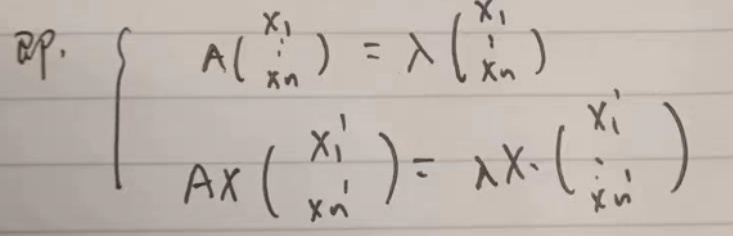
\[
\begin{cases}
A\begin{pmatrix}
x_1\\
\vdots\\
x_n
\end{pmatrix}=\lambda\begin{pmatrix}
x_1\\
\vdots\\
x_n
\end{pmatrix}\\
AX\begin{pmatrix}
x_1'\\
\vdots\\
x_n'
\end{pmatrix}=\lambda X\cdot\begin{pmatrix}
x_1'\\
\vdots\\
x_n'
\end{pmatrix}
\end{cases}
\]